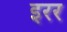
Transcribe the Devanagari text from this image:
इरर